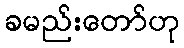
ခမည်းတော်ဟု